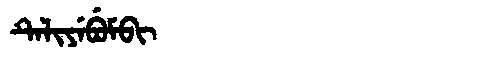
Manchu: ᡨᡝᠯᡳᠶᡝᠪᡠᠮᠪᡳ
Romanization: TELIYEBUMBI